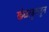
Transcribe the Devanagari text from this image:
खेळाडूकडून